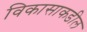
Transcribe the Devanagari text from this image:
विकासाकडील